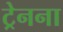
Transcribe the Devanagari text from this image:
ट्रेनना